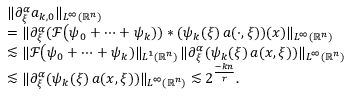
\begin{array} { r l } & { \| \partial _ { \xi } ^ { \alpha } a _ { k , 0 } \| _ { L ^ { \infty } ( \mathbb { R } ^ { n } ) } } \\ & { = \| \partial _ { \xi } ^ { \alpha } ( \mathcal { F } \big ( \psi _ { 0 } + \cdots + \psi _ { k } ) ) * ( \psi _ { k } ( \xi ) \, a ( \cdot , \xi ) ) ( x ) \| _ { L ^ { \infty } ( \mathbb { R } ^ { n } ) } } \\ & { \lesssim \| \mathcal { F } \big ( \psi _ { 0 } + \cdots + \psi _ { k } ) \| _ { L ^ { 1 } ( \mathbb { R } ^ { n } ) } \, \| \partial _ { \xi } ^ { \alpha } ( \psi _ { k } ( \xi ) \, a ( x , \xi ) ) \| _ { L ^ { \infty } ( \mathbb { R } ^ { n } ) } } \\ & { \lesssim \| \partial _ { \xi } ^ { \alpha } ( \psi _ { k } ( \xi ) \, a ( x , \xi ) ) \| _ { L ^ { \infty } ( \mathbb { R } ^ { n } ) } \lesssim 2 ^ { \frac { - k n } { r } } . } \end{array}